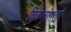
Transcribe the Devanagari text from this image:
विकलांगताएं